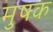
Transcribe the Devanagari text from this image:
मुषक